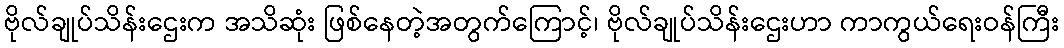
ဗိုလ်ချုပ်သိန်းဌေးက အသိဆုံး ဖြစ်နေတဲ့အတွက်ကြောင့်၊ ဗိုလ်ချုပ်သိန်းဌေးဟာ ကာကွယ်ရေးဝန်ကြီး